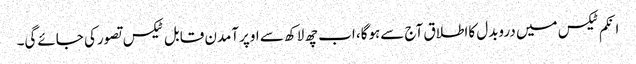
انکم ٹیکس میں دروبدل کااطلاق آج سےہوگا، اب چھ لاکھ سے اوپرآمدن قابل ٹیکس تصورکی جائےگی۔